Calcutta medical institutions reports 1892-1900
Year: 1892
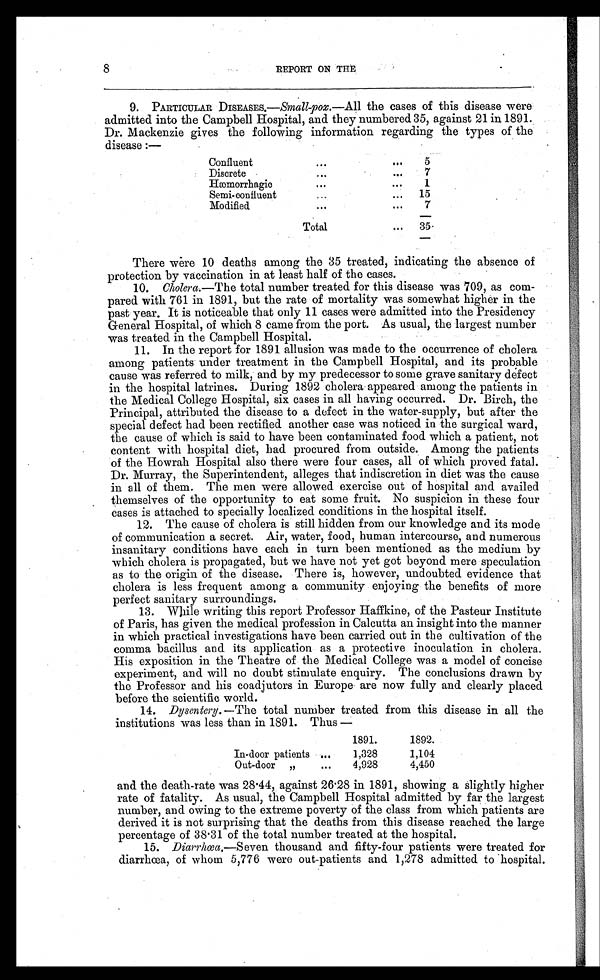
8
REPORT ON THE
9. PARTICULAR DISEASES.—Small-pox.—All the cases of this disease were
admitted into the Campbell Hospital, and they numbered 35, against 21 in 1891.
Dr. Mackenzie gives the following information regarding the types of the
disease:—
Confluent
. . .
...
5
Discrete
. . .
. . .
7
Hæmorrhagic
...
...
1
Semi-confluent
...
...
15
Modified
. . .
. . .
7
Total
. . .
35.
There were 10 deaths among the 35 treated, indicating the absence of
protection by vaccination in at least half of the cases.
10. Cholera .—The total number treated for this disease was 709, as com-
pared with 761 in 1891, but the rate of mortality was somewhat higher in the
past year. It is noticeable that only 11 cases were admitted into the Presidency
General Hospital, of which 8 came from the port. As usual, the largest number
was treated in the Campbell Hospital.
11. In the report for 1891 allusion was made to the occurrence of cholera
among patients under treatment in the Campbell Hospital, and its probable
cause was referred to milk, and by my predecessor to some grave sanitary defect
in the hospital latrines. During 1892 cholera appeared among the patients in
the Medical College Hospital, six cases in all having occurred. Dr. Birch, the
Principal, attributed the disease to a defect in the water-supply, but after the
special defect had been rectified another case was noticed in the surgical ward,
the cause of which is said to have been contaminated food which a patient, not
content with hospital diet, had procured from outside. Among the patients
of the Howrah Hospital also there were four cases, all of which proved fatal.
Dr. Murray, the Superintendent, alleges that indiscretion in diet was the cause
in all of them. The men were allowed exercise out of hospital and availed
themselves of the opportunity to eat some fruit. No suspicion in these four
cases is attached to specially localized conditions in the hospital itself.
12. The cause of cholera is still hidden from our knowledge and its mode
of communication a secret. Air, water, food, human intercourse, and numerous
insanitary conditions have each in turn been mentioned as the medium by
which cholera is propagated, but we have not yet got beyond mere speculation
as to the origin of the disease. There is, however, undoubted evidence that
cholera is less frequent among a community enjoying the benefits of more
perfect sanitary surroundings.
13.
While writing this report Professor Haffkine, of the Pasteur Institute
of Paris, has given the medical profession in Calcutta an insight into the manner
in which practical investigations have been carried out in the cultivation of the
comma bacillus and its application as a protective inoculation in cholera.
His exposition in the Theatre of the Medical College was a model of concise
experiment, and will no doubt stimulate enquiry. The conclusions drawn by
the Professor and his coadjutors in Europe are now fully and clearly placed
before the scientific world.
14. Dysentery .—The total number treated from this disease in all the
institutions was less than in 1891. Thus—
1891.
1892.
In-door patients ...
1,328
1,104
Out-door „
...
4,928
4,450
and the death-rate was 28.44, against 26.28 in 1891, showing a slightly higher
rate of fatality. As usual, the Campbell Hospital admitted by far the largest
number, and owing to the extreme poverty of the class from which patients are
derived it is not surprising that the deaths from this disease reached the large
percentage of 38.31 of the total number treated at the hospital.
15. Diarrhœa .—S even thousand and fifty-four patients were treated for
diarrhœa, of whom 5,776 were out-patients and 1,278 admitted to hospital.